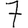
Digit: 7